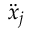
\ddot { x } _ { j }